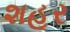
શહૂર